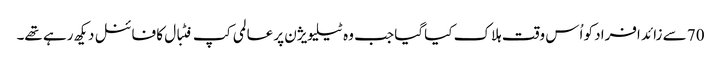
70 سے زائد افراد کو اُس وقت ہلاک کیا گیا جب وہ ٹیلیویژن پر عالمی کپ فٹبال کا فائنل دیکھ رہے تھے۔